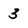
Character: 3